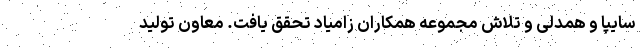
سایپا و همدلی و تلاش مجموعه همکاران زامیاد تحقق یافت. معاون تولید